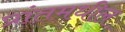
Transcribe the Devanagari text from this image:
प्रांतमधील